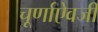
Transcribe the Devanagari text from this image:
चूर्णाऐवजी